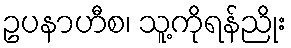
ဥပနာဟီစ၊ သူ့ကိုရန်ညိုး